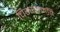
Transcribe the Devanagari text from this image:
चिरसम्मति